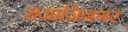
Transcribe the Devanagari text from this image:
राजाजिनगर